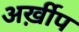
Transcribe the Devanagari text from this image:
अर्ख़ीप